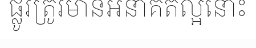
ផ្លូវត្រូវមានអនាគតល្អនោះ